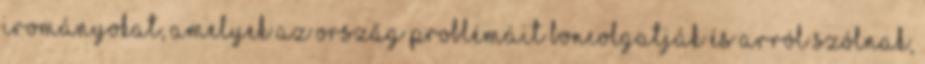
irományokat, amelyek az ország problémáit boncolgatják és arról szólnak,